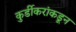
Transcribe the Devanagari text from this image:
कुर्डीकरांकडून